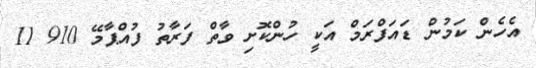
އެހެން ކަމުން ޑައަފްރަމް އަކީ ހުންކޮށި ވާތް ފަރާތު ފުއްޕާމޭ 910 11